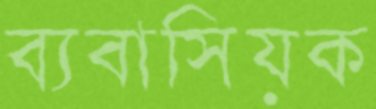
ব্যবাসিয়ক